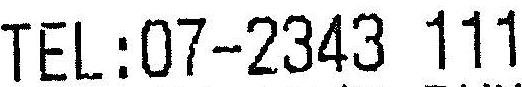
TEL:07-2343 111